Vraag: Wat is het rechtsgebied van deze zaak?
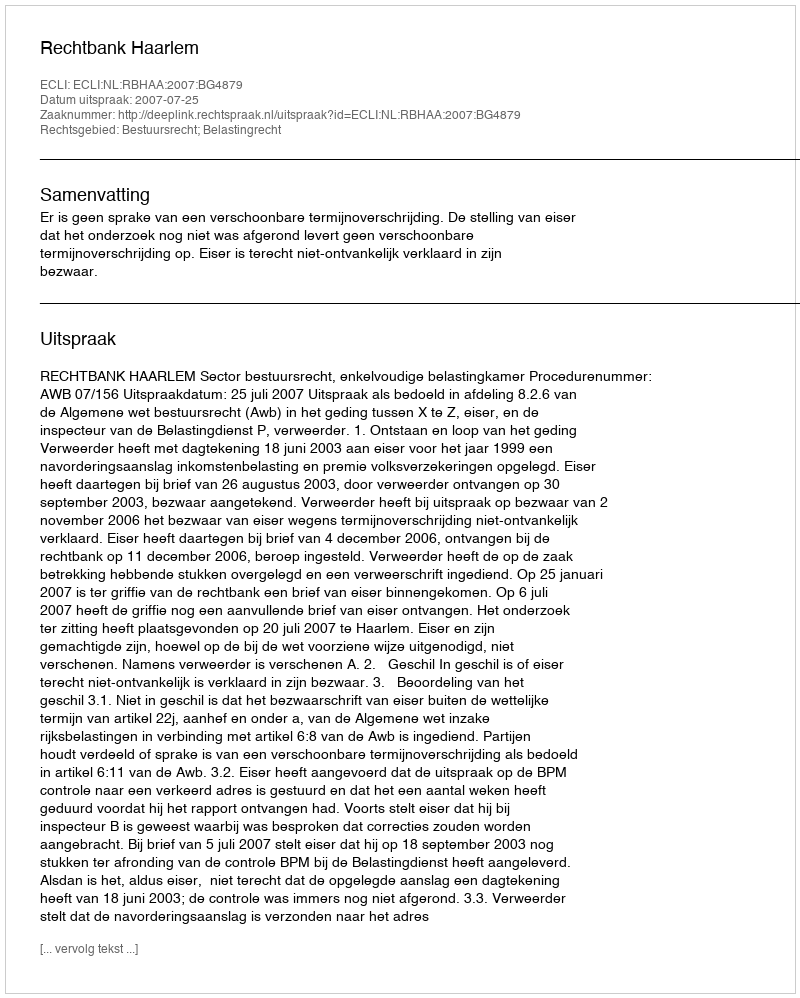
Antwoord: Bestuursrecht; Belastingrecht